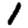
Digit: 1